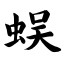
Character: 蜈